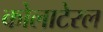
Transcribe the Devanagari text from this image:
कोलाटेरल